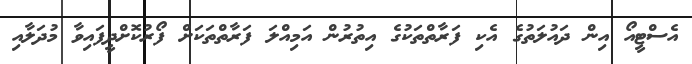
އެސްޓީއޯ އިން ދައުލަތުގެ އެކި ފަރާތްތަކުގެ އިތުރުން އަމިއްލަ ފަރާތްތަކަށް ފޯރުކޮށްދީފައިވާ މުދަލާއި